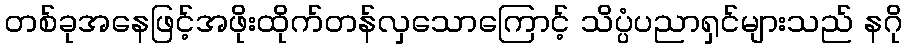
တစ်ခုအနေဖြင့်အဖိုးထိုက်တန်လှသောကြောင့် သိပ္ပံပညာရှင်များသည် နဂို